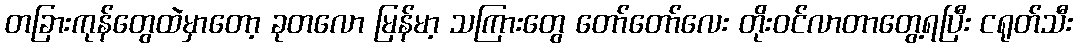
တခြားကုန်တွေထဲမှာတော့ ခုတလော မြန်မာ့ သကြားတွေ တော်တော်လေး တိုးဝင်လာတာတွေ့ရပြီး ငရုတ်သီး